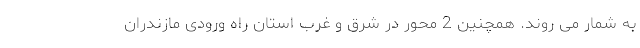
به شمار می روند. همچنین 2 محور در شرق و غرب استان راه ورودی مازندران